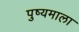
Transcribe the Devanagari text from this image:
पुष्यमाला